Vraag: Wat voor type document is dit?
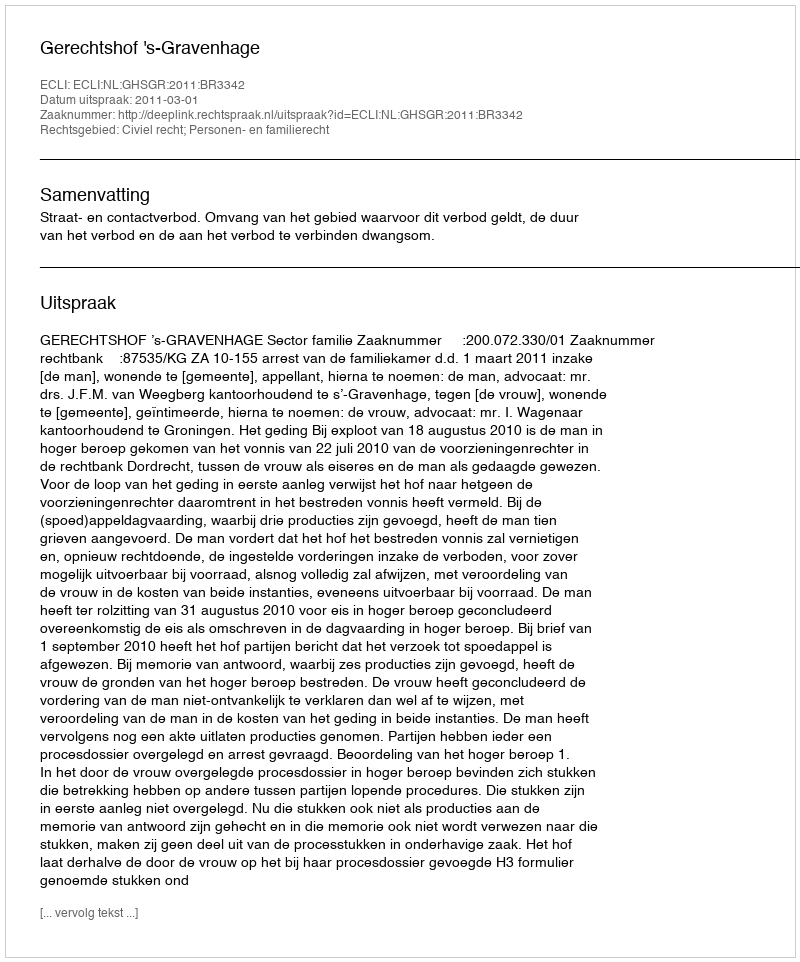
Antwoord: Uitspraak